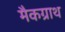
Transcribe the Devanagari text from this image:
मैकग्राथ